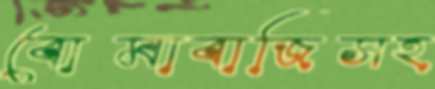
বোমাবাজিসহ